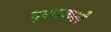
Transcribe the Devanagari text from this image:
दृश्यकले